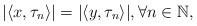
LaTeX: \begin{align*}|\langle x, \tau_n \rangle |= |\langle y, \tau_n \rangle |, \forall n \in \mathbb{N},\end{align*}